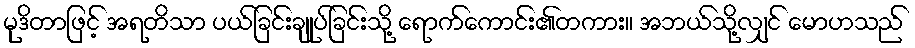
မုဒိတာဖြင့် အရတိသာ ပယ်ခြင်းချုပ်ခြင်းသို့ ရောက်ကောင်း၏တကား။ အဘယ်သို့လျှင် မောဟသည်